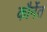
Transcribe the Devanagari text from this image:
कौर्नेत